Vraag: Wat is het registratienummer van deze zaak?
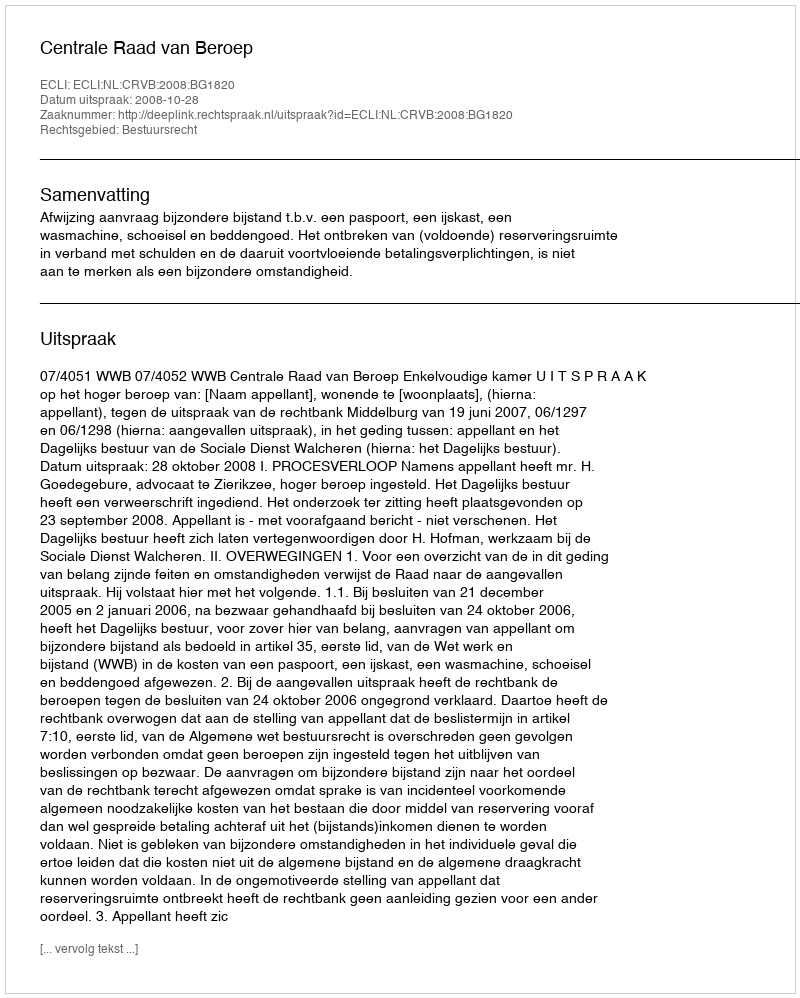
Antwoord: http://deeplink.rechtspraak.nl/uitspraak?id=ECLI:NL:CRVB:2008:BG1820